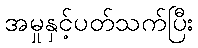
အမှုနှင့်ပတ်သက်ပြီး